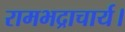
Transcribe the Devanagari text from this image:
रामभद्राचार्य।